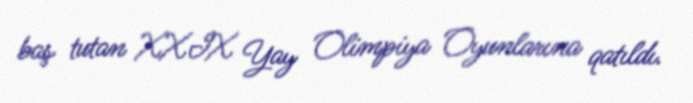
baş tutan XXIX Yay Olimpiya Oyunlarına qatıldı.